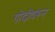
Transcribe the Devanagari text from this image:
गोदीवरून